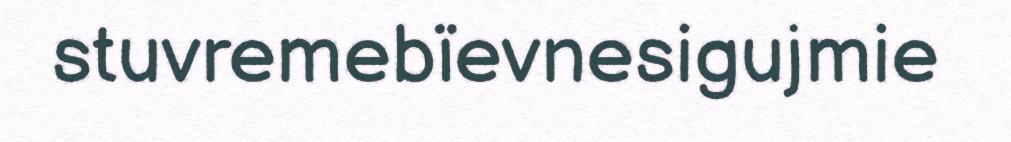
stuvremebïevnesigujmie